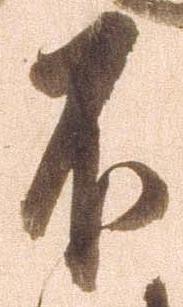
不